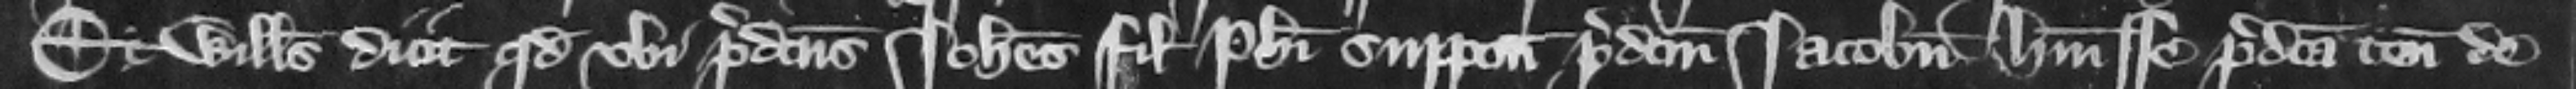
Et Willelmus dicit quod vbi predictus Iohannes filius Philippi supponit predictum Iacobum habuisse predicta tenementa de